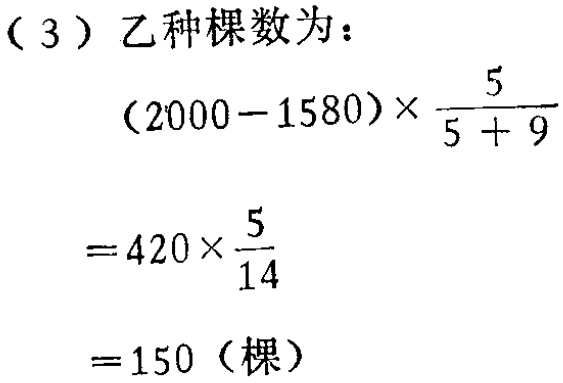
（3）乙种棵数为：

\[

\begin{align*}

&(2000 - 1580)\times\frac{5}{5 + 9}\\

=&420\times\frac{5}{14}\\

=&150（棵）

\end{align*}

\]